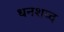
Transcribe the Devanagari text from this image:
धनशब्द